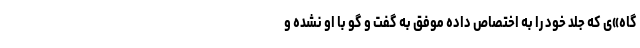
گاه»‌ی که جلد خود را به اختصاص داده موفق به گفت و گو با او نشده و